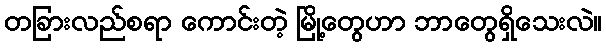
တခြားလည်စရာ ကောင်းတဲ့ မြို့တွေဟာ ဘာတွေရှိသေးလဲ။